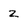
Character: Z